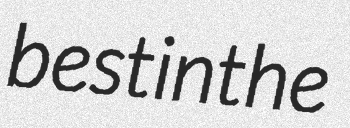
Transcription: best in the